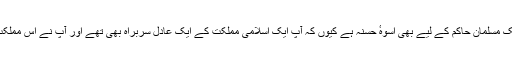
آپ صلی اللہ علیہ وسلم کی زندگی ایک مسلمان حاکم کے لیے بھی اُسوہٴ حسنہ ہے کیوں کہ آپ ایک اِسلامی مملکت کے ایک عادل سربراہ بھی تھے اور آپ نے اس مملکت کو نہایت کام یابی کے ساتھ چلایا۔